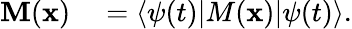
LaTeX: \begin{array}{rl}{\mathbf{M}(\mathbf{x})}&{{}=\left<\psi(t)|M(\mathbf{x})|\psi(t)\right>.}\end{array}